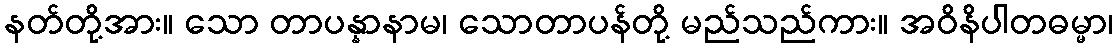
နတ်တို့အား။ သော တာပန္နာနာမ၊ သောတာပန်တို့ မည်သည်ကား။ အဝိနိပါတဓမ္မာ၊